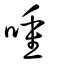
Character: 喠